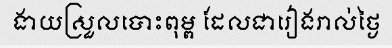
ងាយស្រួលបោះពុម្ព ដែលជារៀងរាល់ថ្ងៃ